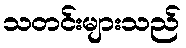
သတင်းများသည်